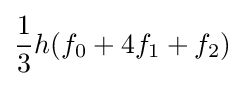
{\frac {1}{3}}h(f_{0}+4f_{1}+f_{2})